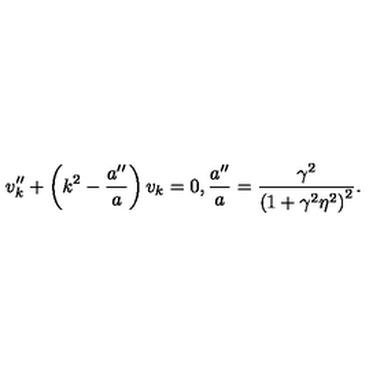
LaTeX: v _ { k } ^ { \prime \prime } + \left( k ^ { 2 } - \frac { a ^ { \prime \prime } } { a } \right) v _ { k } = 0 , \frac { a ^ { \prime \prime } } { a } = \frac { \gamma ^ { 2 } } { \left( 1 + \gamma ^ { 2 } \eta ^ { 2 } \right) ^ { 2 } } .